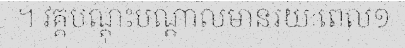
។ វគ្គបណ្តុះបណ្តាលមានរយៈពេល១